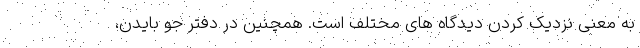
به معنی نزدیک کردن دیدگاه های مختلف است. همچنین در دفتر جو بایدن،